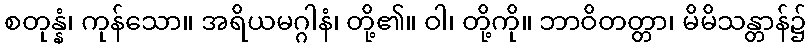
စတုန္နံ၊ ကုန်သော။ အရိယမဂ္ဂါနံ၊ တို့၏။ ဝါ၊ တို့ကို။ ဘာဝိတတ္တာ၊ မိမိသန္တာန်၌